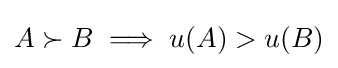
A\succ B\implies u(A)>u(B)